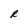
Character: R